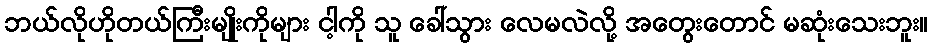
ဘယ်လိုဟိုတယ်ကြီးမျိုးကိုများ ငါ့ကို သူ ခေါ်သွား လေမလဲလို့ အတွေးတောင် မဆုံးသေးဘူး။